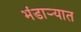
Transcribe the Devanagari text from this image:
भंडाऱ्यात